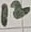
Text: 12